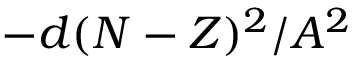
- d ( N - Z ) ^ { 2 } / A ^ { 2 }